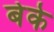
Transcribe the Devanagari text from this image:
बेके